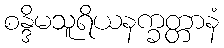
စန္ဒိမသူရိယနက္ခတ္တာနံ